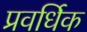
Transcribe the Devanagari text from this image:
प्रवर्धिक